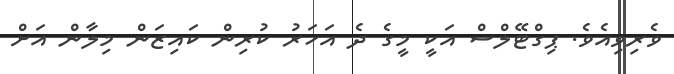
ވެރިވިއެވެ. ޕިގްޓޭލްސް އަކީ މީގެ ދެ އަހަރު ކުރިން ކައިޒަން މިލާން އަށް